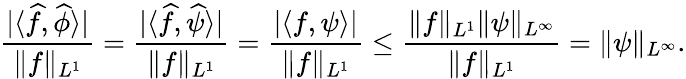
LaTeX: \frac{|\langle\widehat{f},\widehat{\phi}\rangle|}{\| f\| _{L^{1}}}=\frac{|\langle\widehat{f},\widehat{\psi}\rangle|}{\| f\| _{L^{1}}}=\frac{|\langle f,\psi\rangle|}{\| f\| _{L^{1}}}\leq\frac{\| f\| _{L^{1}}\| \psi\| _{L^{\infty}}}{\| f\| _{L^{1}}}=\| \psi\| _{L^{\infty}}.